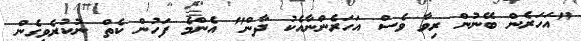
"އަހަރެން ބޭނުން ރިވާ ވެސް އަހަރެންނާއެކު ދާން" އެންމެ ފަހުން ކެތް ނުކުރެވިގެން